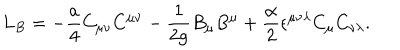
L _ { B } = - { \frac { a } { 4 } } C _ { \mu \nu } C ^ { \mu \nu } - { \frac { 1 } { 2 g } } B _ { \mu } B ^ { \mu } + { \frac { \alpha } { 2 } } \epsilon ^ { \mu \nu \lambda } C _ { \mu } C _ { \nu \lambda } .